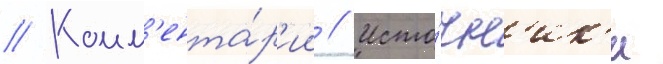
// Комм'ента́р'ии // Исто́чн'ик'и